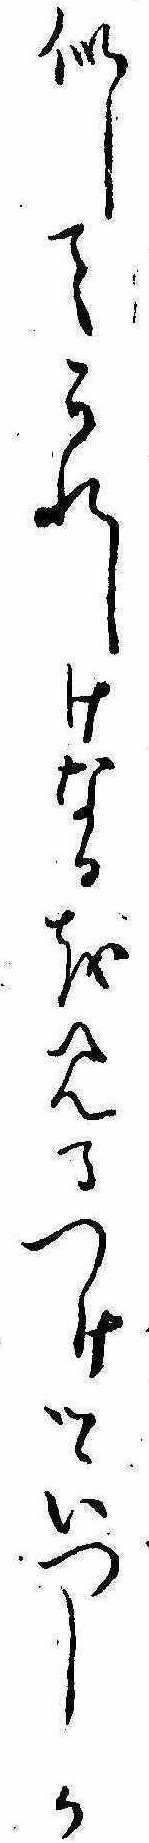
似してうれしけなるを見るつけつゝいつしか